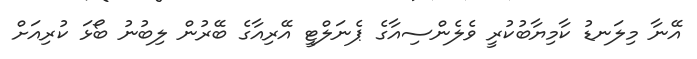
އޭނާ މިލަނޑު ކާމިޔާބުކުރީ ވެލެންސިއާގެ ޕެނަލްޓީ އޭރިއާގެ ބޭރުން ލިބުނު ބޯޅަ ކުރިއަށް